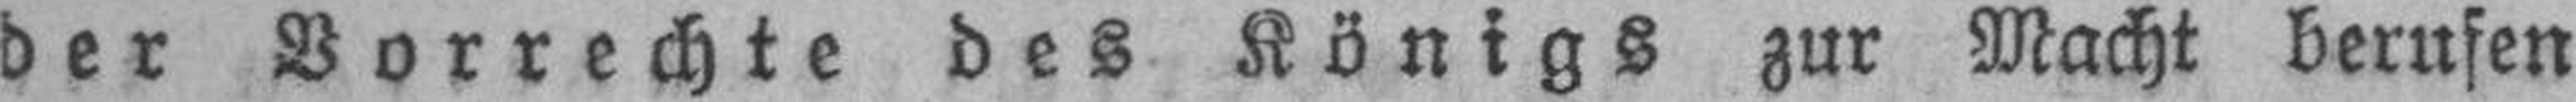
der Vorrechte des Königs zur Macht berufen